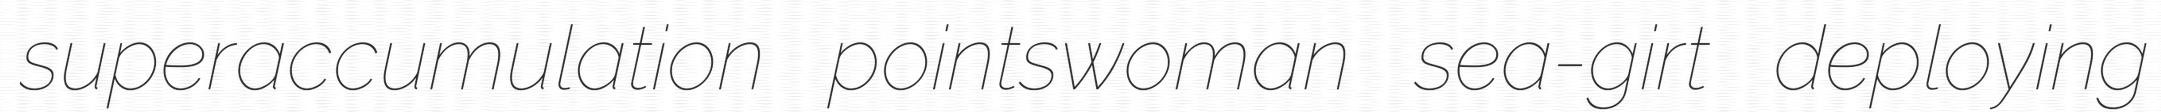
superaccumulation pointswoman sea-girt deploying